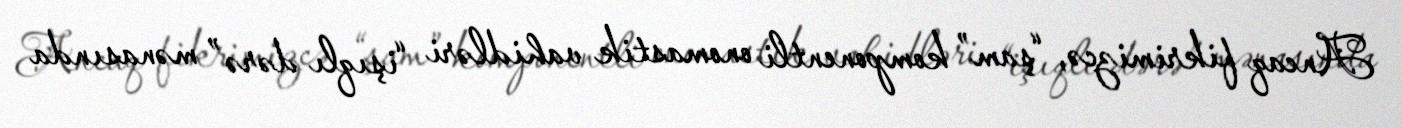
Ancaq fikrimizcə, “şam” komponentli onomastik vahidləri “işıqlı dərə” mənasında